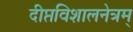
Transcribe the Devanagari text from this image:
दीप्तविशालनेत्रम्